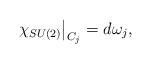
LaTeX: \begin{align*}\left. \chi _{SU(2)}\right| _{C_{j}}=d\omega _{j},\end{align*}